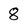
Character: 8